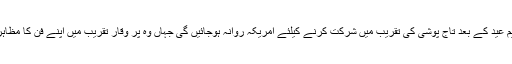
گلوکارہ سائرہ نسیم عید کے بعد تاج پوشی کی تقریب میں شرکت کرنے کیلئے امریکہ روانہ ہوجائیں گی جہاں وہ پر وقار تقریب میں اپنے فن کا مظاہرہ بھی کریں گی ۔